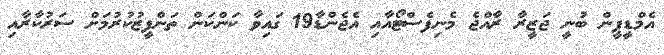
އެމްޑީޕީން ބުނީ ޖަޒީރާ ރާއްޖެ މެނިފެސްޓޯއާއި އެޖެންޑާ19 ގައިވާ ކަންކަން ތަންފީޒުކުރުމަށް ސަރުކާރާއި